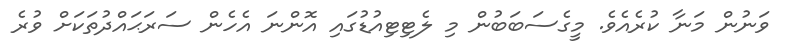
ވަނުން މަނާ ކުރެއެވެ. މީގެސަބަބުން މި ލެޓިޓިއުޑުގައި އޮންނަ އެހެން ސަރަޙައްދުތަކަށް ވުރެ